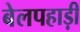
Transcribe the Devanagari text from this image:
बेलपहाड़ी